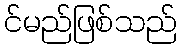
င်မည်ဖြစ်သည်